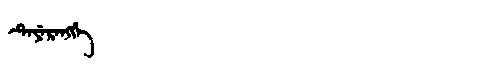
Manchu: ᡨᡝᠶᡝᡵᡝᠩᡤᡝ
Romanization: TEYERENGGE